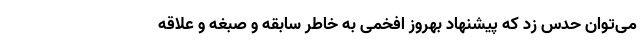
می‌توان حدس زد که پیشنهاد بهروز افخمی به خاطر سابقه و صبغه و علاقه